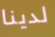
لدينا